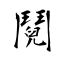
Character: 鬩